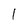
Character: 1